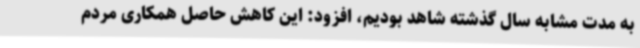
به مدت مشابه سال گذشته شاهد بودیم، افزود: این کاهش حاصل همکاری مردم